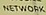
NETWORK